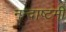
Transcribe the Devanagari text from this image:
नन्दाष्टमी